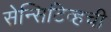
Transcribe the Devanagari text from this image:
सेन्सिटिव्हची